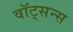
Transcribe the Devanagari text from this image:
वॉट्सन्स